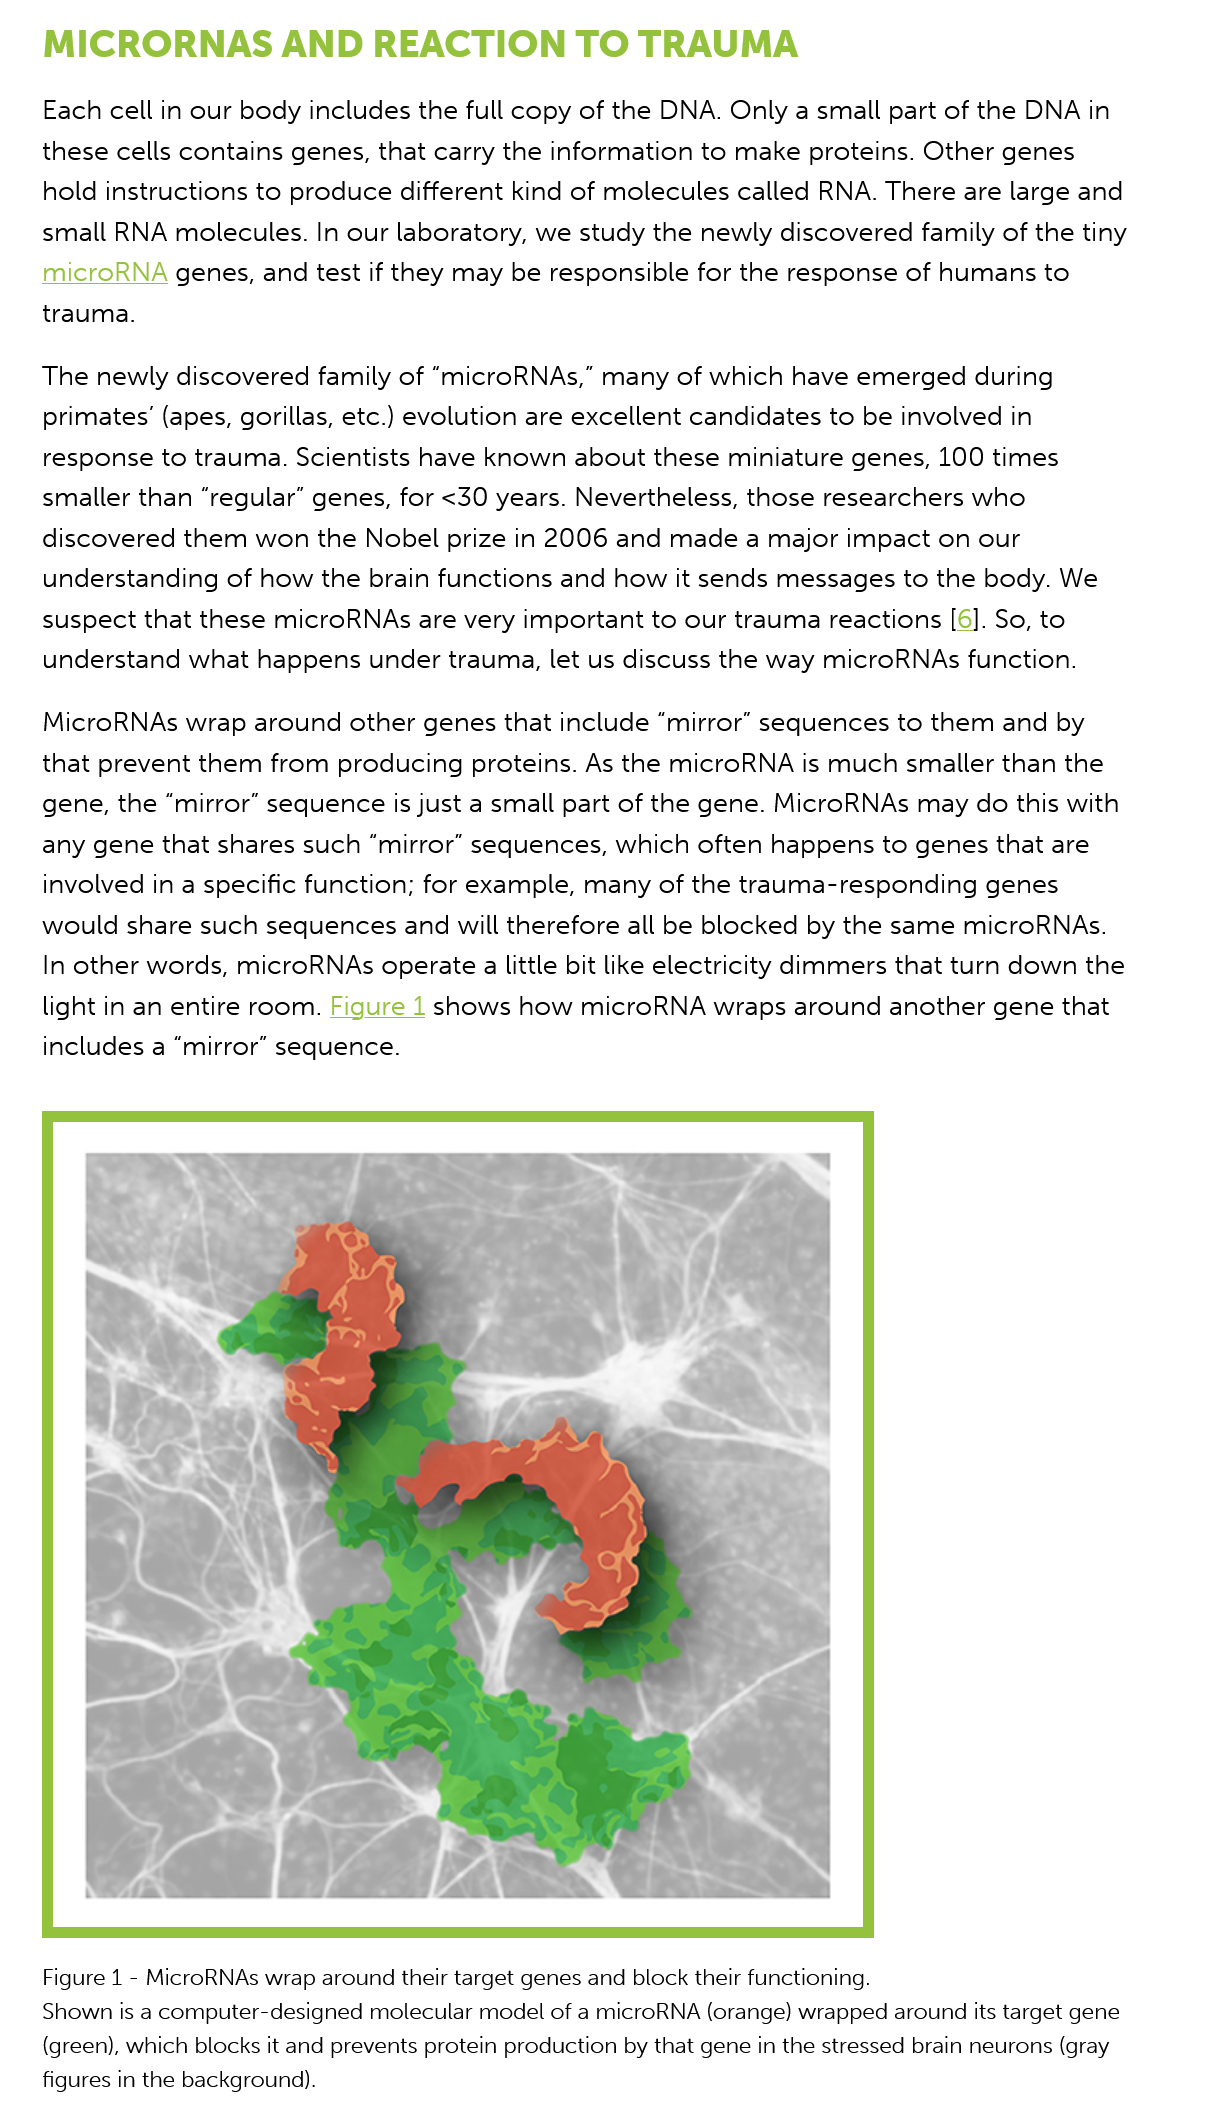
Figure 1
     -
     MicroRNAs wrap around their target genes and block their functioning.
    Shown is a computer-designed molecular model of a microRNA (orange) wrapped around its target gene
    (green), which blocks it and prevents protein production by that gene in the stressed brain neurons (gray
    figures in the background).
    MicroRNAs   wrap  around  other genes that include “mirror” sequences   to them and  by
    that prevent them  from  producing  proteins. As the microRNA   is much smaller than  the
    gene, the “mirror” sequence is just a small part of the gene. MicroRNAs  may  do this with
    any gene that  shares such “mirror” sequences,  which  often happens to  genes that are
    involved in a specific function; for example, many  of the trauma-responding   genes
    would  share such  sequences and will  therefore all be blocked by the same  microRNAs.
    In other words, microRNAs   operate a little bit like electricity dimmers that turn down the
    light in an entire room. Figure
   1
     shows  how  microRNA wraps    around  another  gene that
    includes a “mirror” sequence.
    The  newly discovered  family of “microRNAs,”  many  of which  have emerged   during
    primates’ (apes, gorillas, etc.) evolution are excellent candidates to be involved in
    response  to trauma. Scientists have known   about these miniature  genes, 100 times
    smaller than “regular” genes, for <30 years. Nevertheless, those researchers  who
    discovered  them  won the  Nobel prize  in 2006 and  made  a major impact  on our
    understanding   of how the brain functions and  how  it sends messages to  the body. We
    suspect that these microRNAs  are  very important  to our trauma  reactions [6]. So, to
    understand  what  happens  under trauma, let  us discuss the way microRNAs  function.
    Each cell in our body includes  the full copy of the DNA. Only a small part of the DNA  in
    these cells contains genes, that carry the information to make  proteins. Other genes
    hold instructions to produce different kind of molecules  called RNA. There  are large and
    small RNA  molecules.  In our laboratory, we study the newly  discovered  family of the tiny
    microRNA   genes,  and test if they may be responsible for the response of humans   to
    trauma.
    MICRORNAS    AND  REACTION    TO   TRAUMA